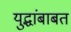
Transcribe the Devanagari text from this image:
युद्धांबाबत